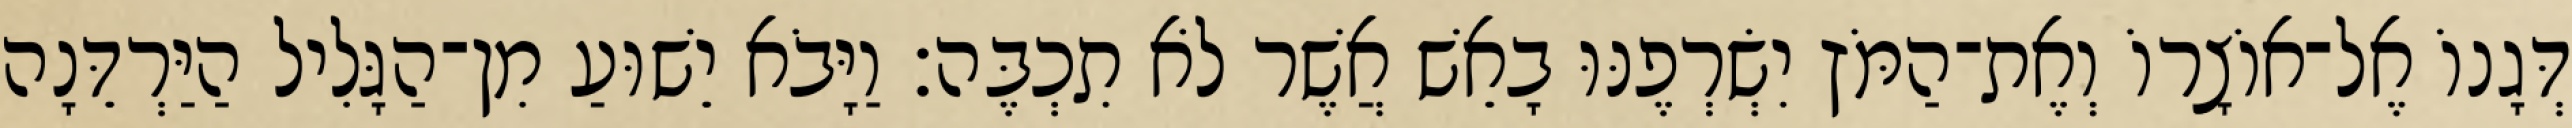
דְּגָנוֹ אֶל־אוֹצָרוֹ וְאֶת־הַמֹּץ יִשְׂרְפֶנּוּ בָאֵשׁ אֲשֶׁר לֹא תִכְבֶּה׃ וַיָּבֹא יֵשׁוּעַ מִן־הַגָּלִיל הַיַּרְדֵּנָה